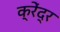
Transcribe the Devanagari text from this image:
क्रेंद्र